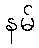
နမ်